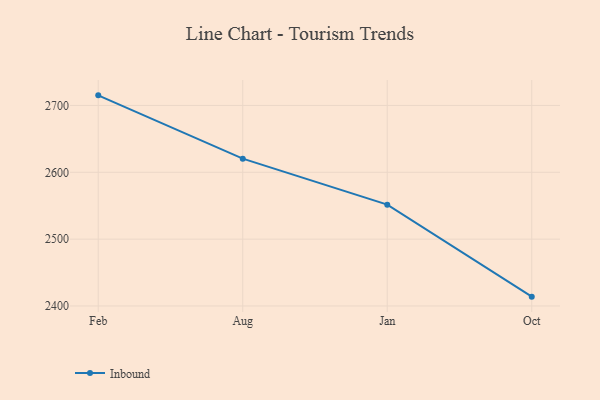
{"axis": {"x": "Month", "y": "Gross Profit (USD K)"}, "legend": ["Inbound"], "data": [{"x": "Feb", "y": 2715.1, "type": "Inbound"}, {"x": "Aug", "y": 2620.4, "type": "Inbound"}, {"x": "Jan", "y": 2551.6, "type": "Inbound"}, {"x": "Oct", "y": 2414.0, "type": "Inbound"}]}